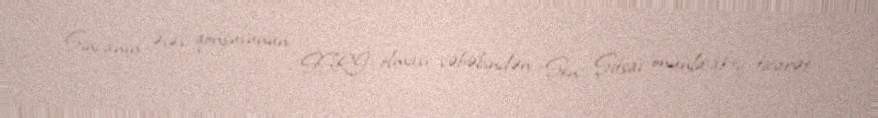
Sincanın əsas qonşusunun SSRİ olması səbəbindən Şen Şitsai onunla aktiv ticarət